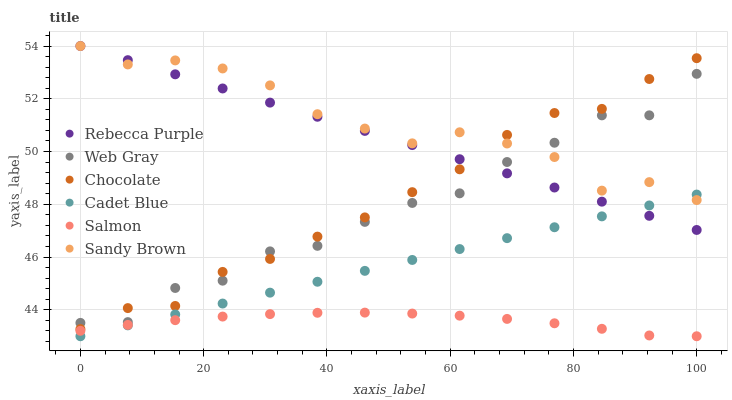
| xaxis_label | Rebecca Purple | Web Gray | Chocolate | Cadet Blue | Salmon | Sandy Brown |
 | --- | --- | --- | --- | --- | --- | --- |
 | 0 | 54 | 43.5 | 43.3 | 43 | 43.2 | 54 |
 | 7.69 | 53.5 | 43.5 | 44.1 | 43.4 | 43.4 | 53.3 |
 | 15.4 | 52.9 | 44.8 | 44.1 | 43.8 | 43.6 | 53.5 |
 | 23.1 | 52.4 | 45.1 | 45.4 | 44.2 | 43.7 | 53.1 |
 | 30.8 | 51.9 | 46.2 | 45.9 | 44.7 | 43.8 | 52.5 |
 | 38.5 | 51.3 | 46.4 | 46.8 | 45.1 | 43.9 | 51.4 |
 | 46.2 | 50.8 | 47.3 | 47.5 | 45.5 | 43.9 | 50.9 |
 | 53.8 | 50.2 | 48.1 | 48.5 | 45.9 | 43.9 | 50.3 |
 | 61.5 | 49.7 | 48.4 | 49.3 | 46.3 | 43.8 | 50.7 |
 | 69.2 | 49.2 | 49.6 | 50.6 | 46.7 | 43.7 | 50.3 |
 | 76.9 | 48.6 | 50.3 | 51.5 | 47.1 | 43.5 | 49.8 |
 | 84.6 | 48.1 | 51.4 | 51.6 | 47.5 | 43.3 | 48.5 |
 | 92.3 | 47.6 | 51.4 | 52.7 | 48 | 43 | 48.8 |
 | 100 | 47 | 52.9 | 53.5 | 48.4 | 43 | 48.2 |